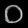
Digit: ၀